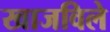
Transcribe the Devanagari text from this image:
खाजविले